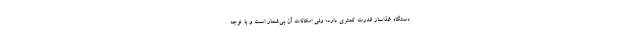
دستگاه غذاساز قدرت کمتری دارد؛ ولی امکانات آن بی‌شمار است و با توجه